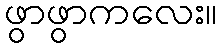
ဖွာဖွာကလေး။